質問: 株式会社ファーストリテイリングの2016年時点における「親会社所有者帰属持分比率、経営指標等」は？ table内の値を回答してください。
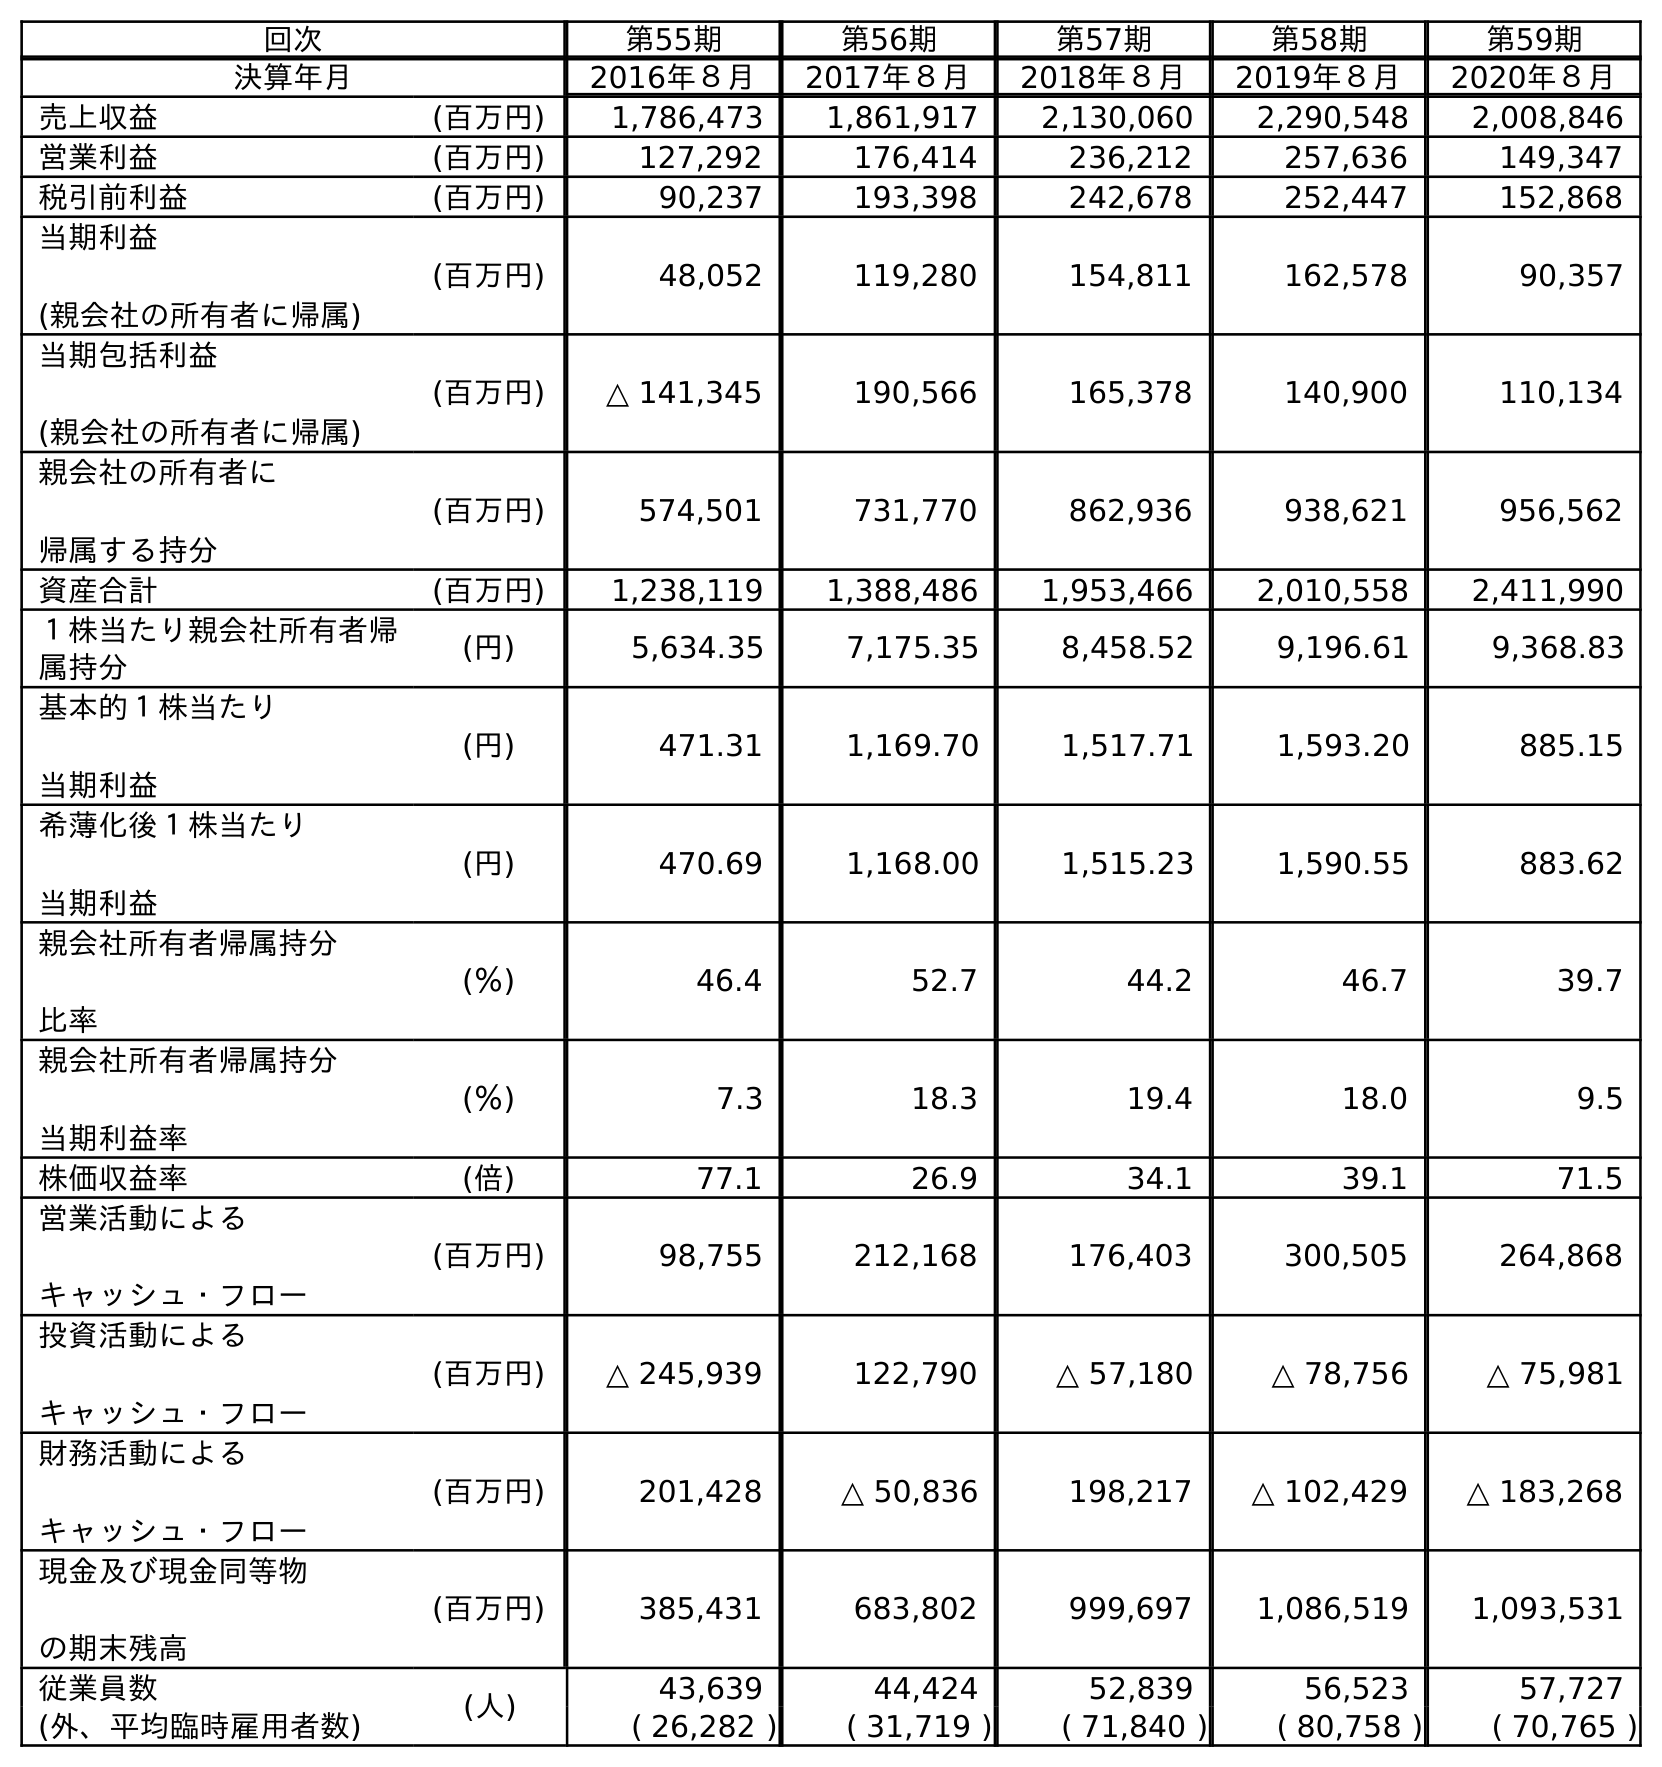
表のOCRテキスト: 回次 第55期 第56期 第57期 第58期 第59期 決算年月 2016年８月 2017年８月 2018年８月 2019年８月 2020年８月 売上収益 (百万円) 1,786,473 1,861,917 2,130,060 2,290,548 2,008,846 営業利益 (百万円) 127,292 176,414 236,212 257,636 149,347 税引前利益 (百万円) 90,237 193,398 242,678 252,447 152,868 当期利益 (親会社の所有者に帰属) (百万円) 48,052 119,280 154,811 162,578 90,357 当期包括利益 (親会社の所有者に帰属) (百万円) △ 141,345 190,566 165,378 140,900 110,134 親会社の所有者に 帰属する持分 (百万円) 574,501 731,770 862,936 938,621 956,562 資産合計 (百万円) 1,238,119 1,388,486 1,953,466 2,010,558 2,411,990 １株当たり親会社所有者帰 属持分 (円) 5,634.35 7,175.35 8,458.52 9,196.61 9,368.83 基本的１株当たり 当期利益 (円) 471.31 1,169.70 1,517.71 1,593.20 885.15 希薄化後１株当たり 当期利益 (円) 470.69 1,168.00 1,515.23 1,590.55 883.62 親会社所有者帰属持分 比率 (％) 46.4 52.7 44.2 46.7 39.7 親会社所有者帰属持分 当期利益率 (％) 7.3 18.3 19.4 18.0 9.5 株価収益率 (倍) 77.1 26.9 34.1 39.1 71.5 営業活動による キャッシュ・フロー (百万円) 98,755 212,168 176,403 300,505 264,868 投資活動による キャッシュ・フロー (百万円) △ 245,939 122,790 △ 57,180 △ 78,756 △ 75,981 財務活動による キャッシュ・フロー (百万円) 201,428 △ 50,836 198,217 △ 102,429 △ 183,268 現金及び現金同等物 の期末残高 (百万円) 385,431 683,802 999,697 1,086,519 1,093,531 従業員数 (人) 43,639 44,424 52,839 56,523 57,727 (外、平均臨時雇用者数) ( 26,282 ) ( 31,719 ) ( 71,840 ) ( 80,758 ) ( 70,765 )
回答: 46.4